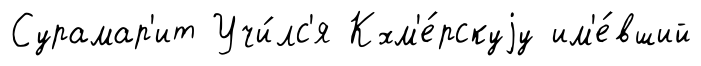
Сурамар'ит Учи́лс'я Кхм'е́рскуjу им'е́вший